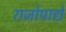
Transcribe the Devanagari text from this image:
राजोपाद्ये